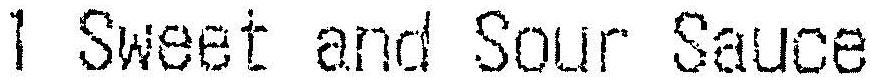
1 SWEET AND SOUR SAUCE